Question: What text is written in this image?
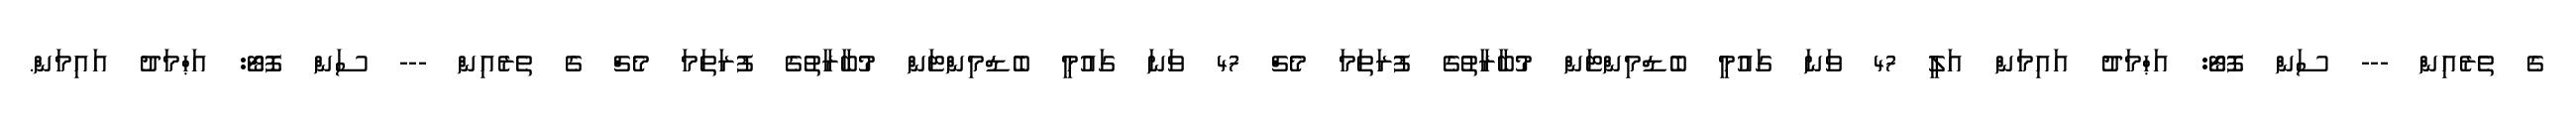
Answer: ގެ ތެރެއިން --- ސަން ފޮޓޯ: އަޙްމަދު އައިމަން އަލީ 47 ވަނަ ގައުމީ ބެޑްމިންޓަން މުބާރާތުގެ ފުރަތަމަ މެޗް 47 ވަނަ ގައުމީ ބެޑްމިންޓަން މުބާރާތުގެ ފުރަތަމަ މެޗް ގެ ތެރެއިން --- ސަން ފޮޓޯ: އަޙްމަދު އައިމަން.